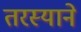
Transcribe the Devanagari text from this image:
तरस्याने